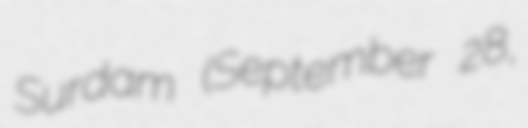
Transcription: Surdam (September 28,